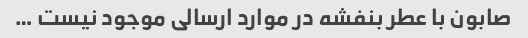
صابون با عطر بنفشه در موارد ارسالی موجود نیست …